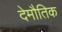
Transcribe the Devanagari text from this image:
देमौतिक